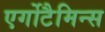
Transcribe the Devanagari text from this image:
एर्गोटैमिन्स